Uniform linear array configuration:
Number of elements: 32
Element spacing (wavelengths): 0.5
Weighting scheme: exponential
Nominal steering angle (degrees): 0
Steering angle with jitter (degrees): -1.502
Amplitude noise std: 0.05
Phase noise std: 0.05

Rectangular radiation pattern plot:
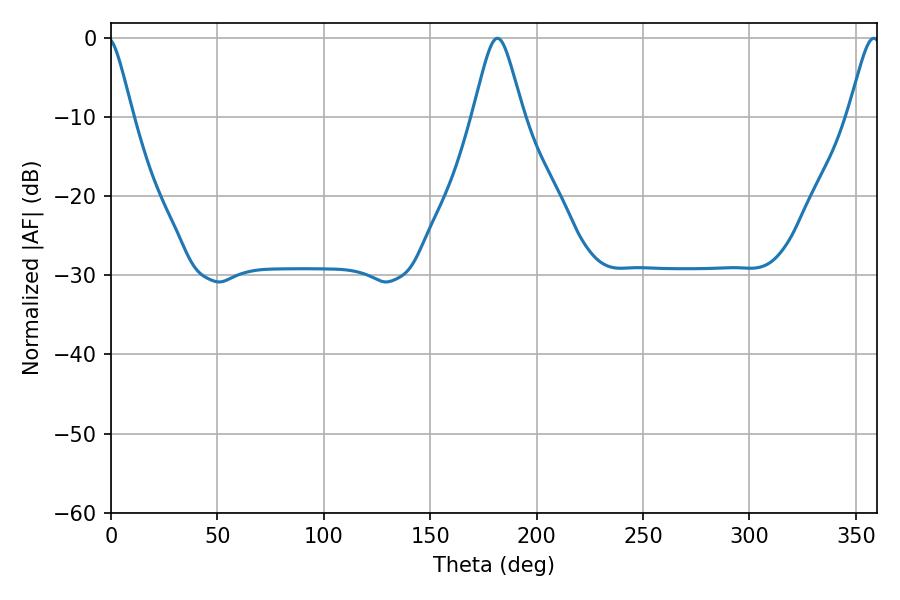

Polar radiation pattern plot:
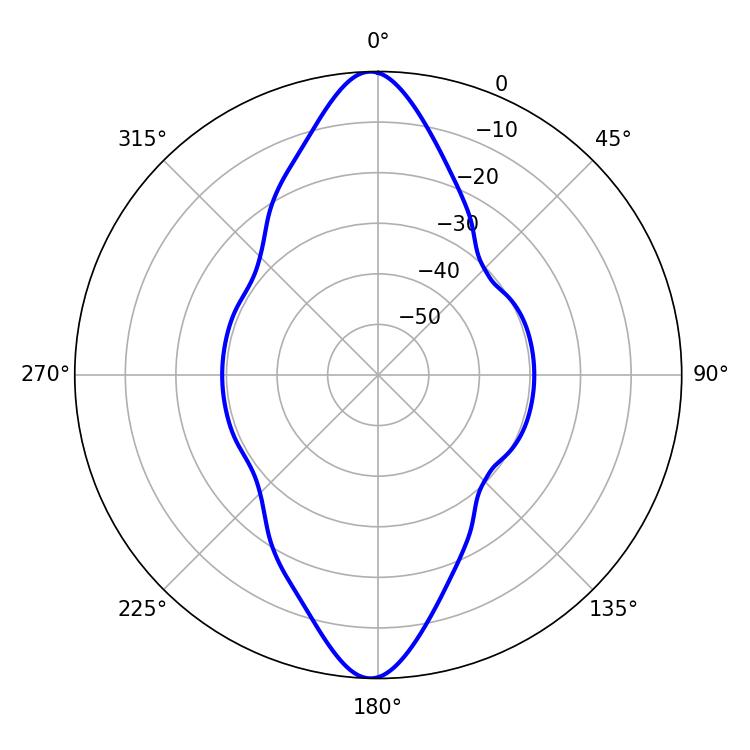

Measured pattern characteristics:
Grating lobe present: FALSE
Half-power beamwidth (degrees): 7.38
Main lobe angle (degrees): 358.38